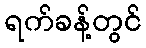
ရက်ခန့်တွင်